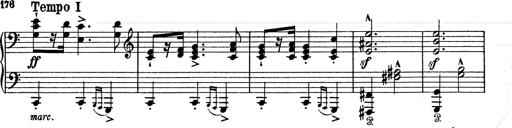
Title: 6 Polish Songs
Composer: Franz Liszt